system: You are a helpful assistant.
user:
Analyze the provided spectrum to determine if it is a **M-type Giant (gM)**.

A M-type Giant spectrum is defined by its **strong molecular absorption** features, particularly from **Titanium Oxide (TiO)**. You must check for one of the following mutually exclusive signatures:

- **Key Visual Indicators (Absorption-Dominated Spectrum):**

    - **(Primary):** The spectrum is dominated by strong molecular absorption from **Titanium Oxide (TiO)**. This is the **defining feature** of its M-type temperature class.
        - **(Key Bandheads):** Look for sharp, "saw-tooth" absorption valleys. The strongest are located near **~7050 Å**, **~6160 Å**, and **~5170 Å**.
        - **(Line Profile):** The "saw-tooth" morphology is critical: a **sharp, steep drop on the BLUE (short-wavelength) side** of the bandhead, followed by a gradual recovery (rising flux) towards the RED (long-wavelength) side.

    - **(Key Confirmation - Giant vs. Dwarf):** **ABSENCE** of strong **Calcium Hydride (CaH)** molecular bands. This is the primary diagnostic for *excluding* M-dwarfs.
        - **(Key Region):** The spectrum should lack the strong, broad absorption band seen in dwarfs between **~6800 Å and ~7000 Å**.

    - **(Secondary Confirmation - Giant):** A very strong and broad **Neutral Calcium (Ca I)** atomic absorption line.
        - **(Key Line):** Located at **~4226 Å**. In a giant (gM), this line is significantly deeper and broader than the same line in an M-dwarf (dM) due to low surface gravity.

    - **(Overall Spectrum):**
        - The continuum is **extremely red-sloping** (i.e., flux is very low in the blue and rises dramatically towards the red).
        - The entire spectrum appears "chopped up" by the deep TiO bands.

Think first, call **spectral_visualization_tool** if needed to examine features in detail, then provide your final answer. Your response must adhere to the following strict rules:
1.  **Overall Structure:** Your response must follow the format `<think>...</think> <tool_call>...</tool_call> (if a tool is used) <answer>...</answer>`.
2.  **Tool Usage Constraint:** You may only make **one** tool call per turn.
3.  **Final Answer Format:** In the `<answer>` tag, your conclusion must be inside a `\boxed{}` command (e.g., `\boxed{YES}` or `\boxed{NO}`), followed by your justification.

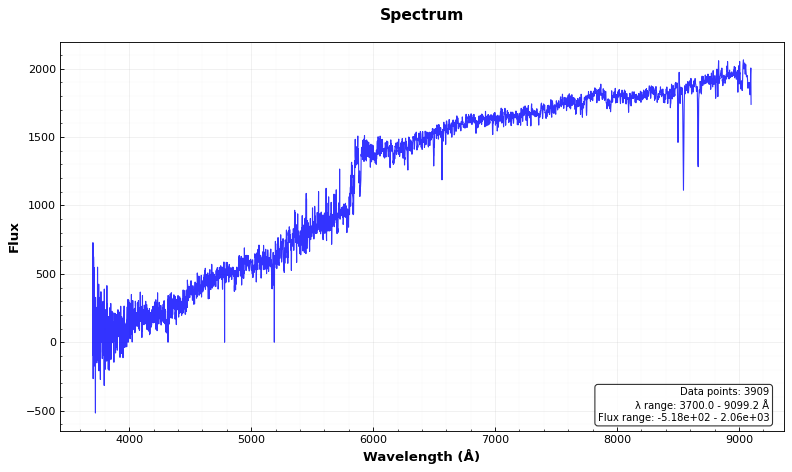
Answer: NO